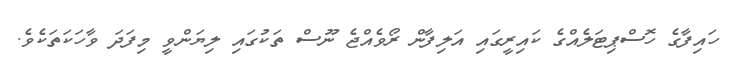
ހައިފާގެ ހޮސްޕިޓަލެއްގެ ކައިރީގައި އަލިފާން ރޯވެއްޖެ ނޫސް ތަކުގައި ލިޔަންވީ މިފަދަ ވާހަކަތަކެވެ.